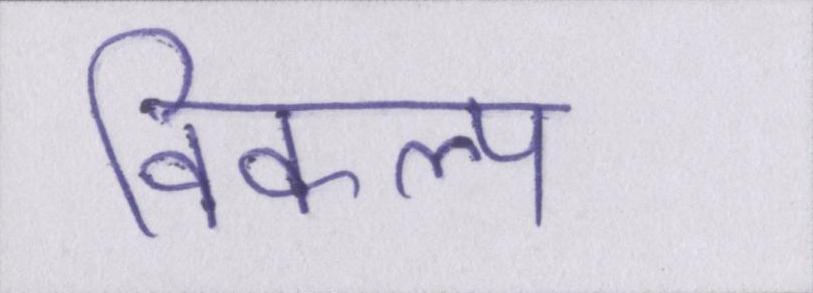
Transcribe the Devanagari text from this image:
विकल्प